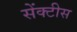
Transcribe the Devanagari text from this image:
सेंक्टीस